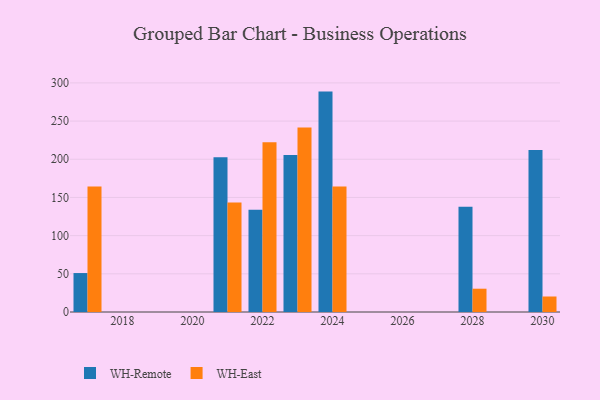
{"axis": {"x": "Year", "y": "Inventory Turnover"}, "legend": ["WH-East", "WH-Remote"], "data": [{"x": "2023", "y": 205.7, "type": "WH-Remote"}, {"x": "2023", "y": 241.5, "type": "WH-East"}, {"x": "2028", "y": 137.8, "type": "WH-Remote"}, {"x": "2028", "y": 30.5, "type": "WH-East"}, {"x": "2017", "y": 51.0, "type": "WH-Remote"}, {"x": "2017", "y": 164.4, "type": "WH-East"}, {"x": "2021", "y": 202.7, "type": "WH-Remote"}, {"x": "2021", "y": 143.4, "type": "WH-East"}, {"x": "2022", "y": 133.8, "type": "WH-Remote"}, {"x": "2022", "y": 222.4, "type": "WH-East"}, {"x": "2030", "y": 212.1, "type": "WH-Remote"}, {"x": "2030", "y": 20.3, "type": "WH-East"}, {"x": "2024", "y": 288.6, "type": "WH-Remote"}, {"x": "2024", "y": 164.3, "type": "WH-East"}]}